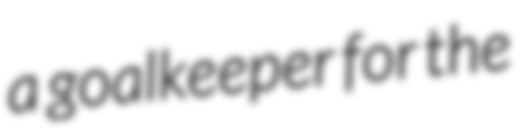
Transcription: a goalkeeper for the